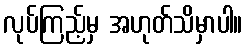
လုပ်ကြည့်မှ အဟုတ်သိမှာပါ။